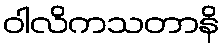
ဝါလိကသတာနိ